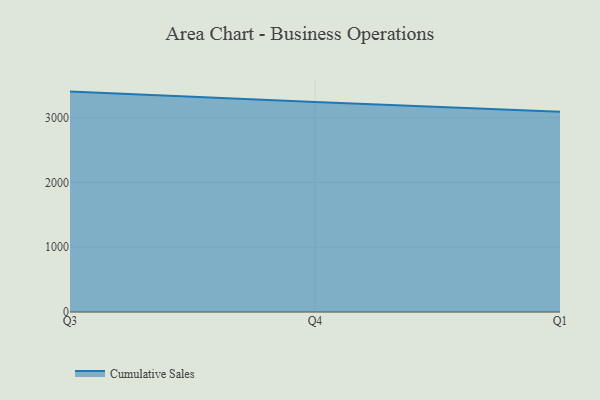
{"axis": {"x": "Quarter", "y": "Gross Profit (USD K)"}, "legend": ["Cumulative Sales"], "data": [{"x": "Q3", "y": 3403.0, "type": "Cumulative Sales"}, {"x": "Q4", "y": 3240.8, "type": "Cumulative Sales"}, {"x": "Q1", "y": 3091.2, "type": "Cumulative Sales"}]}